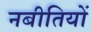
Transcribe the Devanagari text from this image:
नबीतियों